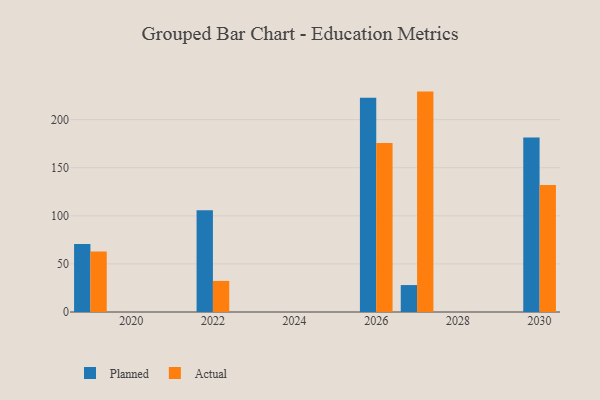
{"axis": {"x": "Year", "y": "Active Users"}, "legend": ["Actual", "Planned"], "data": [{"x": "2022", "y": 105.8, "type": "Planned"}, {"x": "2022", "y": 32.3, "type": "Actual"}, {"x": "2026", "y": 222.8, "type": "Planned"}, {"x": "2026", "y": 175.6, "type": "Actual"}, {"x": "2019", "y": 70.7, "type": "Planned"}, {"x": "2019", "y": 62.8, "type": "Actual"}, {"x": "2027", "y": 28.0, "type": "Planned"}, {"x": "2027", "y": 229.1, "type": "Actual"}, {"x": "2030", "y": 181.4, "type": "Planned"}, {"x": "2030", "y": 131.9, "type": "Actual"}]}